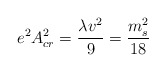
\begin{align*}e^2A_{cr}^2 = {\lambda v^2\over 9} = {m_s^2\over 18}\end{align*}